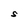
Character: S